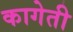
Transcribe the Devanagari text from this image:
कागेती